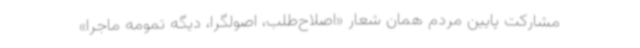
مشارکت پایین مردم همان شعار «اصلاح‌طلب، اصولگرا، دیگه تمومه ماجرا»